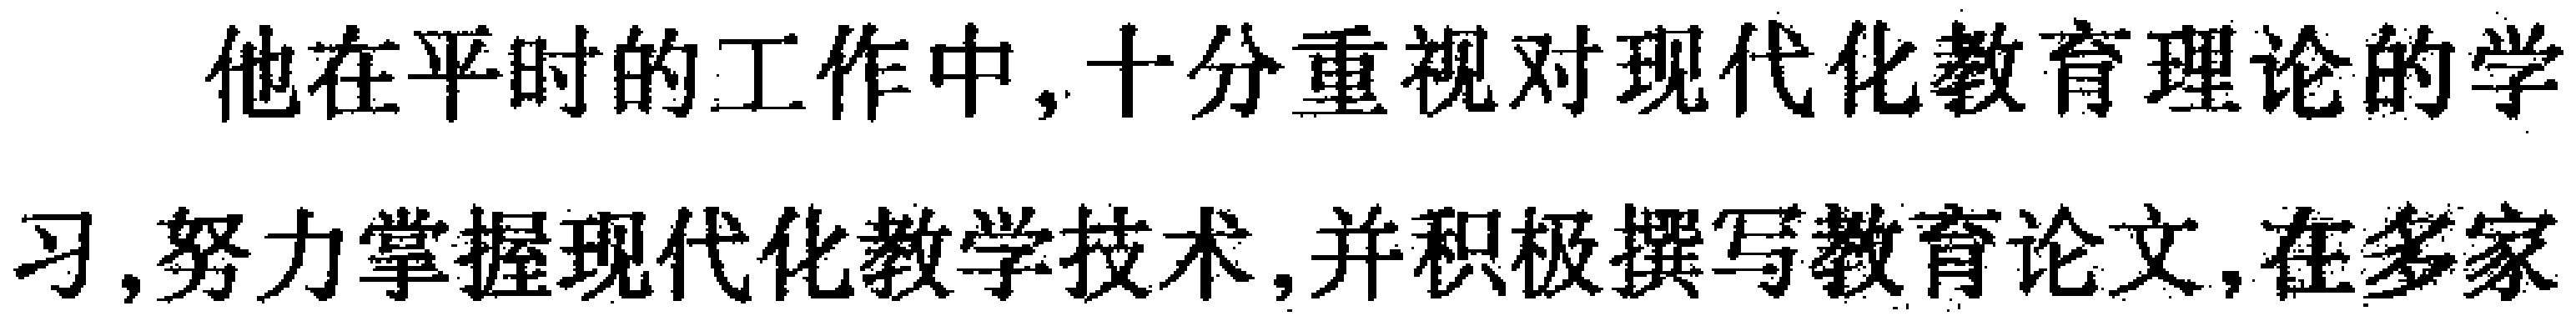
他在平时的工作中,十分重视对现代化教育理论的学习,努力掌握现代化教学技术,并积极撰写教育论文,在多家